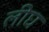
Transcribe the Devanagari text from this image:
लीघ